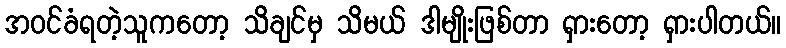
အဝင်ခံရတဲ့သူကတော့ သိချင်မှ သိမယ် ဒါမျိုးဖြစ်တာ ရှားတော့ ရှားပါတယ်။